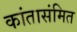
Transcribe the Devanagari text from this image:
कांतासंमित